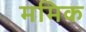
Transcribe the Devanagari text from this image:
ममिक